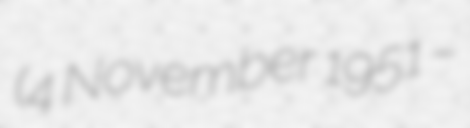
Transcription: (4 November 1951 –